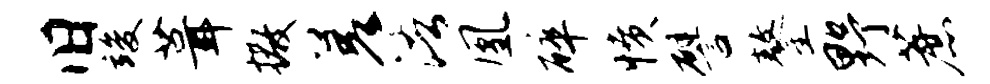
旧竣葺撒差浯凰碎愤譬鏊野蔗